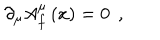
LaTeX: \partial _ { \mu } A _ { f } ^ { \mu } \left( x \right) = 0 \; \, ,